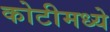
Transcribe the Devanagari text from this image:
कोटीमध्ये